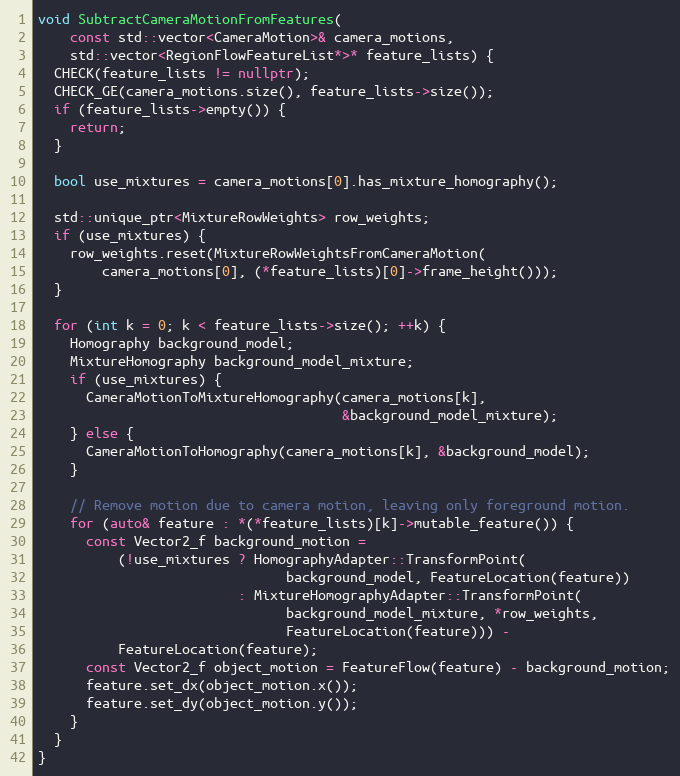
Language: C++
void SubtractCameraMotionFromFeatures(
    const std::vector<CameraMotion>& camera_motions,
    std::vector<RegionFlowFeatureList*>* feature_lists) {
  CHECK(feature_lists != nullptr);
  CHECK_GE(camera_motions.size(), feature_lists->size());
  if (feature_lists->empty()) {
    return;
  }

  bool use_mixtures = camera_motions[0].has_mixture_homography();

  std::unique_ptr<MixtureRowWeights> row_weights;
  if (use_mixtures) {
    row_weights.reset(MixtureRowWeightsFromCameraMotion(
        camera_motions[0], (*feature_lists)[0]->frame_height()));
  }

  for (int k = 0; k < feature_lists->size(); ++k) {
    Homography background_model;
    MixtureHomography background_model_mixture;
    if (use_mixtures) {
      CameraMotionToMixtureHomography(camera_motions[k],
                                      &background_model_mixture);
    } else {
      CameraMotionToHomography(camera_motions[k], &background_model);
    }

    // Remove motion due to camera motion, leaving only foreground motion.
    for (auto& feature : *(*feature_lists)[k]->mutable_feature()) {
      const Vector2_f background_motion =
          (!use_mixtures ? HomographyAdapter::TransformPoint(
                               background_model, FeatureLocation(feature))
                         : MixtureHomographyAdapter::TransformPoint(
                               background_model_mixture, *row_weights,
                               FeatureLocation(feature))) -
          FeatureLocation(feature);
      const Vector2_f object_motion = FeatureFlow(feature) - background_motion;
      feature.set_dx(object_motion.x());
      feature.set_dy(object_motion.y());
    }
  }
}